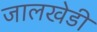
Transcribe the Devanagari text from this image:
जालखेडी